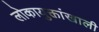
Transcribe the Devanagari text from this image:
लोकायुक्तांखाली